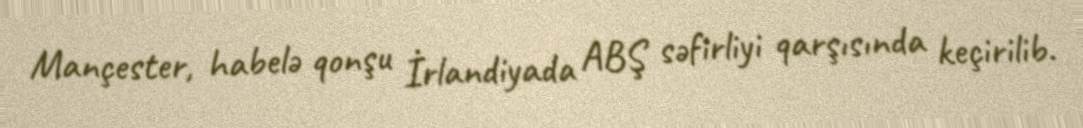
Mançester, habelə qonşu İrlandiyada ABŞ səfirliyi qarşısında keçirilib.